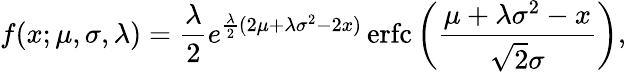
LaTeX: {\displaystyle f(x;\mu,\sigma,\lambda)={\frac{\lambda}{2}}e^{{\frac{\lambda}{2}}(2\mu+\lambda\sigma^{2}-2x)}\operatorname{erfc}\left({\frac{\mu+\lambda\sigma^{2}-x}{{\sqrt{2}}\sigma}}\right),}